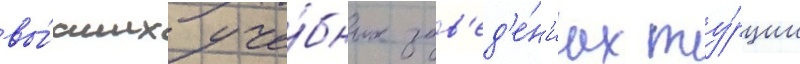
вы́сших уче́бных зав'ед'е́н'иах ту́рции